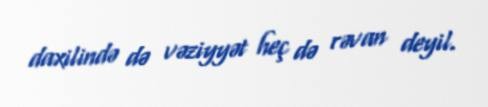
daxilində də vəziyyət heç də rəvan deyil.